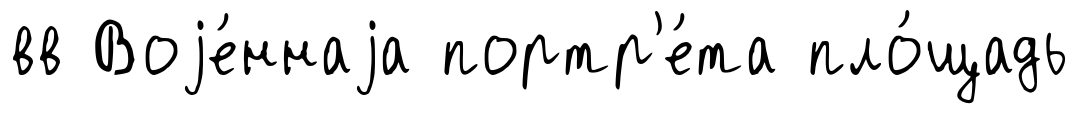
вв Воjе́ннаjа портр'е́та пло́щадь